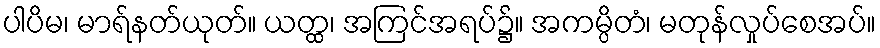
ပါပိမ၊ မာရ်နတ်ယုတ်။ ယတ္ထ၊ အကြင်အရပ်၌။ အကမ္ပိတံ၊ မတုန်လှုပ်စေအပ်။